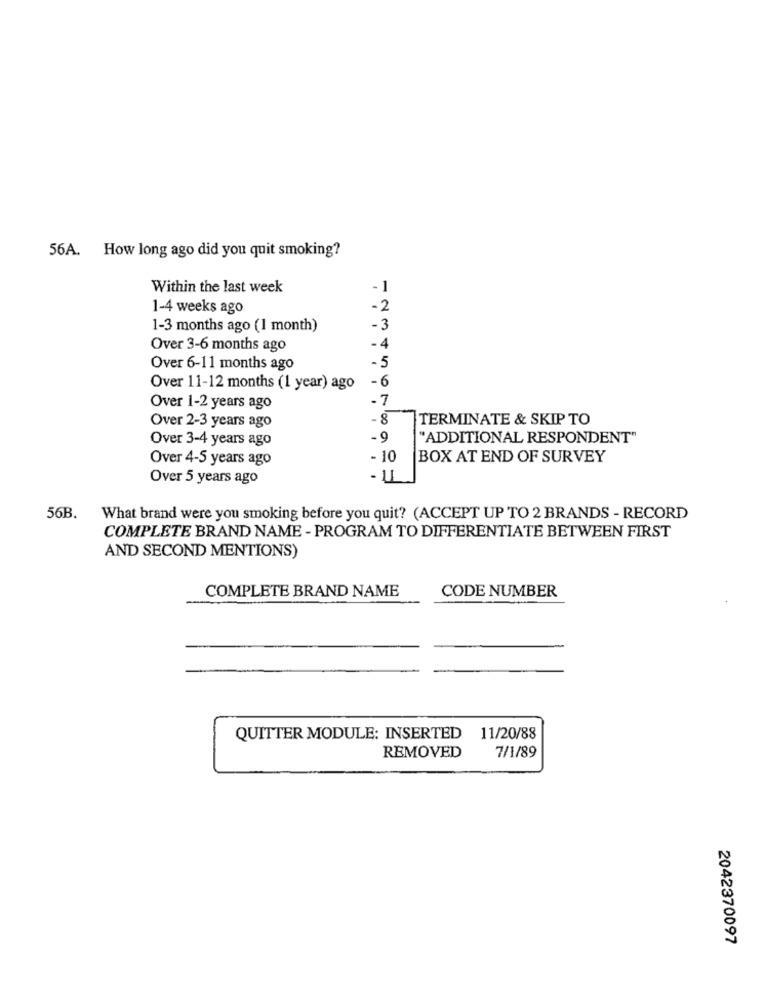
56A. How long ago did you quit smoking?
Within the last week
- 1
1-4 weeks ago
-2
1-3 months ago (1 month)
-3
Over 3-6 months ago
-4
-5
Over 6-11 months ago
-6
Over 11-12 months (1 year) ago
.7
Over 1-2 years ago
Over 2-3 years ago
- 8
TERMINATE & SKIP TO
Over 3-4 years ago
-9
"ADDITIONAL RESPONDENT"
Over 4-5 years ago
- 10
BOX AT END OF SURVEY
Over 5 years ago
- u
56B.
What brand were you smoking before you quit? (ACCEPT UP TO 2 BRANDS - RECORD
COMPLETE BRAND NAME - PROGRAM TO DIFFERENTIATE BETWEEN FIRST
AND SECOND MENTIONS)
COMPLETE BRAND NAME
CODE NUMBER
QUITTER MODULE: INSERTED
11/20/88
REMOVED
7/1/89
2042370097